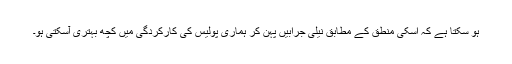
ہو سکتا ہے کہ اسکی منطق کے مطابق نیلی جرابیں پہن کر ہماری پولیس کی کارکردگی میں کچھ بہتری آسکتی ہو۔